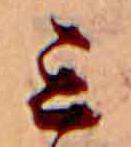
ミ